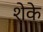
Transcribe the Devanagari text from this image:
शेके